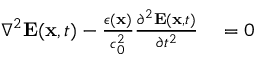
\begin{array} { r l } { \nabla ^ { 2 } { \bf E } ( { \bf x } , t ) - \frac { \epsilon ( { \bf x } ) } { c _ { 0 } ^ { 2 } } \frac { \partial ^ { 2 } { \bf E } ( { \bf x } , t ) } { \partial t ^ { 2 } } } & { { } = 0 } \end{array}